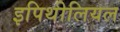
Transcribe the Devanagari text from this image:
इपिथीलियल